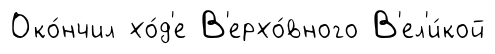
Око́нчил хо́д'е В'ерхо́вного В'ел'и́кой